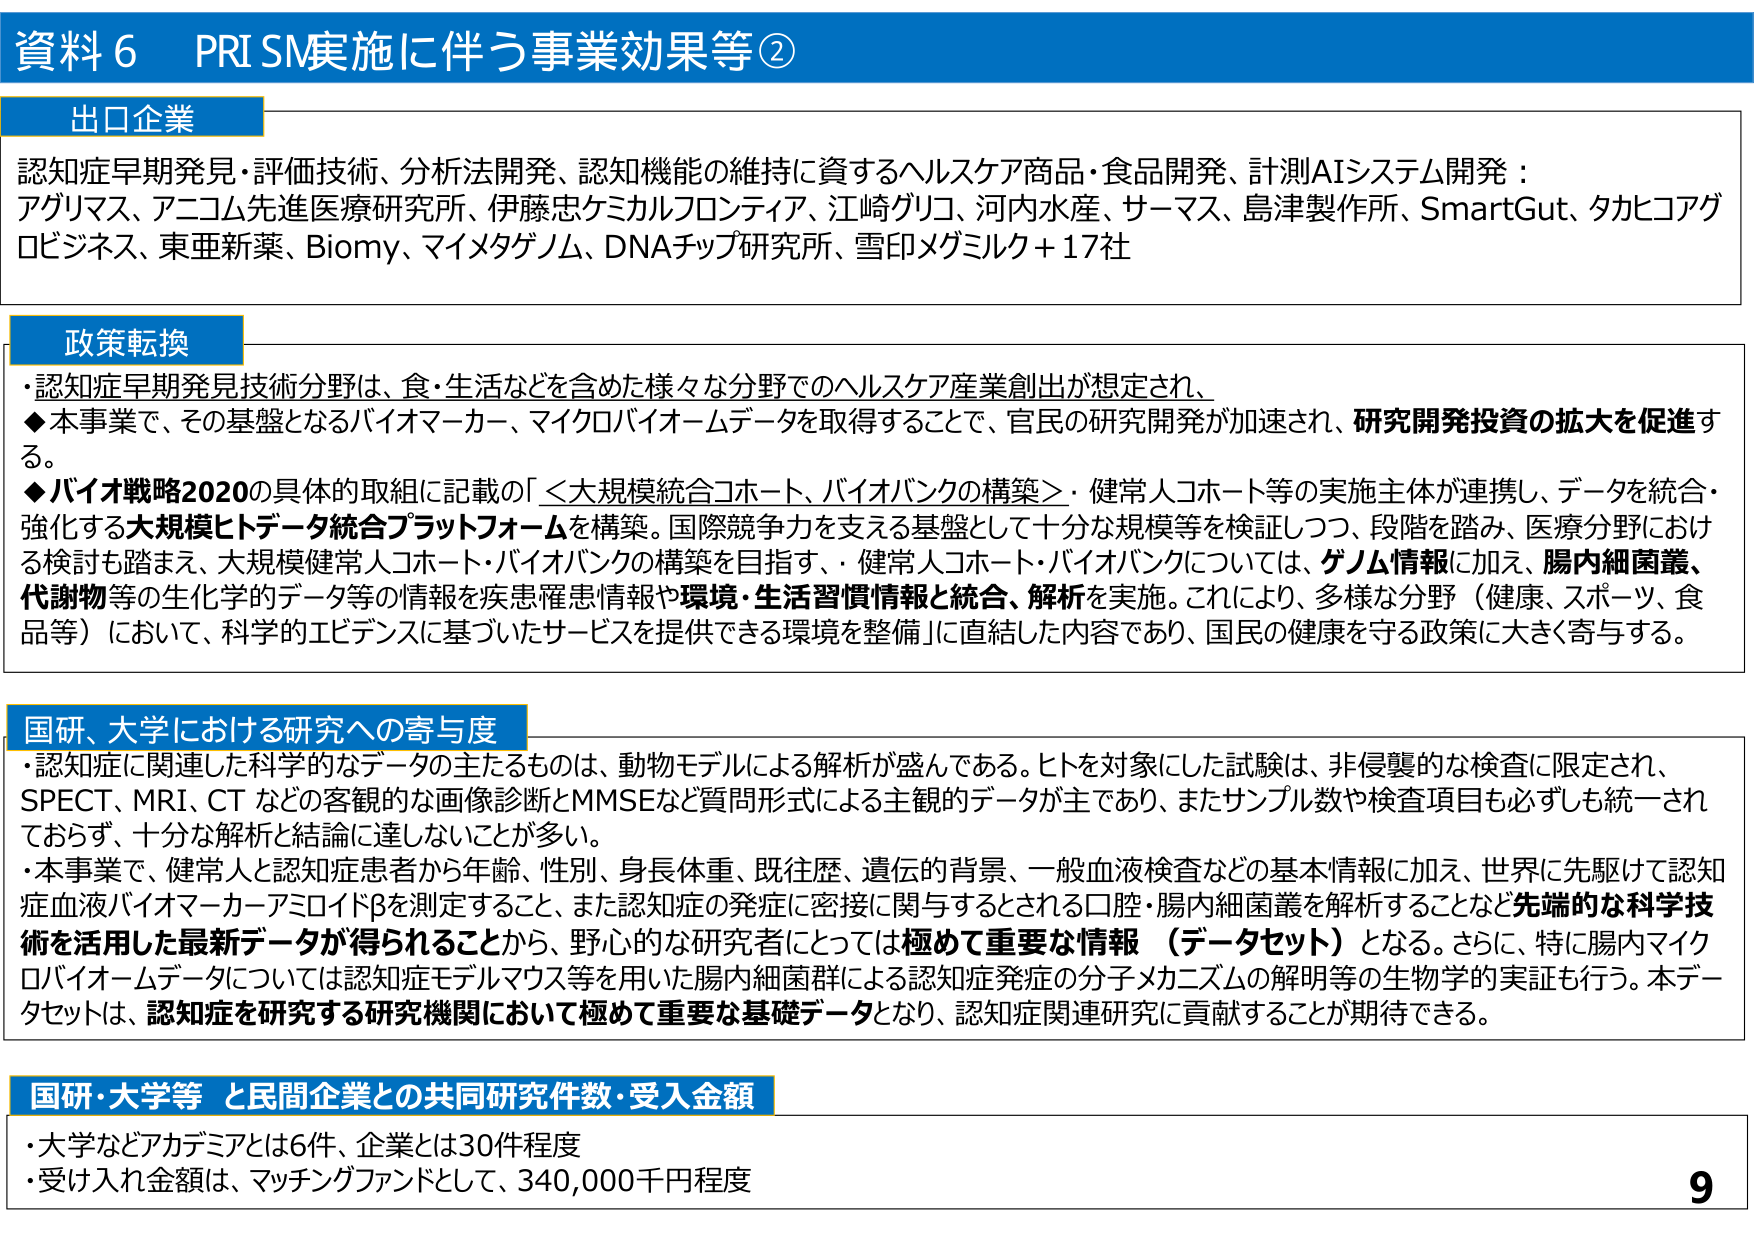
資料６ PRISM実施に伴う事業効果等②

出口企業
認知症早期発見・評価技術、分析法開発、認知機能の維持に資するヘルスケア商品・食品開発、計測AIシステム開発：
アグリマス、アニコム先進医療研究所、伊藤忠ケミカルフロンティア、江崎グリコ、河内水産、サーマス、島津製作所、SmartGut、タカヒコアグロビジネス、東亜新薬、Biomy、マイメタゲノム、DNAチップ研究所、雪印メグミルク＋17社

政策転換
・認知症早期発見技術分野は、食・生活などを含めた様々な分野でのヘルスケア産業創出が想定され、
◆本事業で、その基盤となるバイオマーカー、マイクロバイオームデータを取得することで、官民の研究開発が加速され、研究開発投資の拡大を促進する。
◆バイオ戦略2020の具体的取組に記載の「＜大規模統合コホート、バイオバンクの構築＞・健常人コホート等の実施主体が連携し、データを統合・強化する大規模ヒトデータ統合プラットフォームを構築。国際競争力を支える基盤として十分な規模等を検証しつつ、段階を踏み、医療分野における検討も踏まえ、大規模健常人コホート・バイオバンクの構築を目指す。・健常人コホート・バイオバンクについては、ゲノム情報に加え、腸内細菌叢、代謝物等の生化学的データ等の情報を疾患罹患情報や環境・生活習慣情報と統合、解析を実施。これにより、多様な分野（健康、スポーツ、食品等）において、科学的エビデンスに基づいたサービスを提供できる環境を整備」に直結した内容であり、国民の健康を守る政策に大きく寄与する。

国研、大学における研究への寄与度
・認知症に関連した科学的なデータの主たるものは、動物モデルによる解析が盛んである。ヒトを対象とした試験は、非侵襲的な検査に限定され、SPECT、MRI、CTなどの客観的な画像診断とMMSEなど質問形式による主観的データが主であり、またサンプル数や検査項目も必ずしも統一されておらず、十分な解析と結論に達しないことが多い。
・本事業で、健常人と認知症患者から年齢、性別、身長体重、既往歴、遺伝的背景、一般血液検査などの基本情報に加え、世界に先駆けて認知症血液バイオマーカーアミロイドβを測定すること、また認知症の発症に密接に関与するとされる口腔・腸内細菌叢を解析することなど先端的な科学技術を活用した最新データが得られることから、野心的な研究者にとっては極めて重要な情報（データセット）となる。さらに、特に腸内マイクロバイオームデータについては認知症モデルマウス等を用いた腸内細菌群による認知症発症の分子メカニズムの解明等の生物学的実証も行う。本データセットは、認知症を研究する研究機関において極めて重要な基礎データとなり、認知症関連研究に貢献することが期待できる。

国研・大学等 と民間企業との共同研究件数・受入金額
・大学などアカデミアとは6件、企業とは30件程度
・受け入れ金額は、マッチングファンドとして、340,000千円程度

9